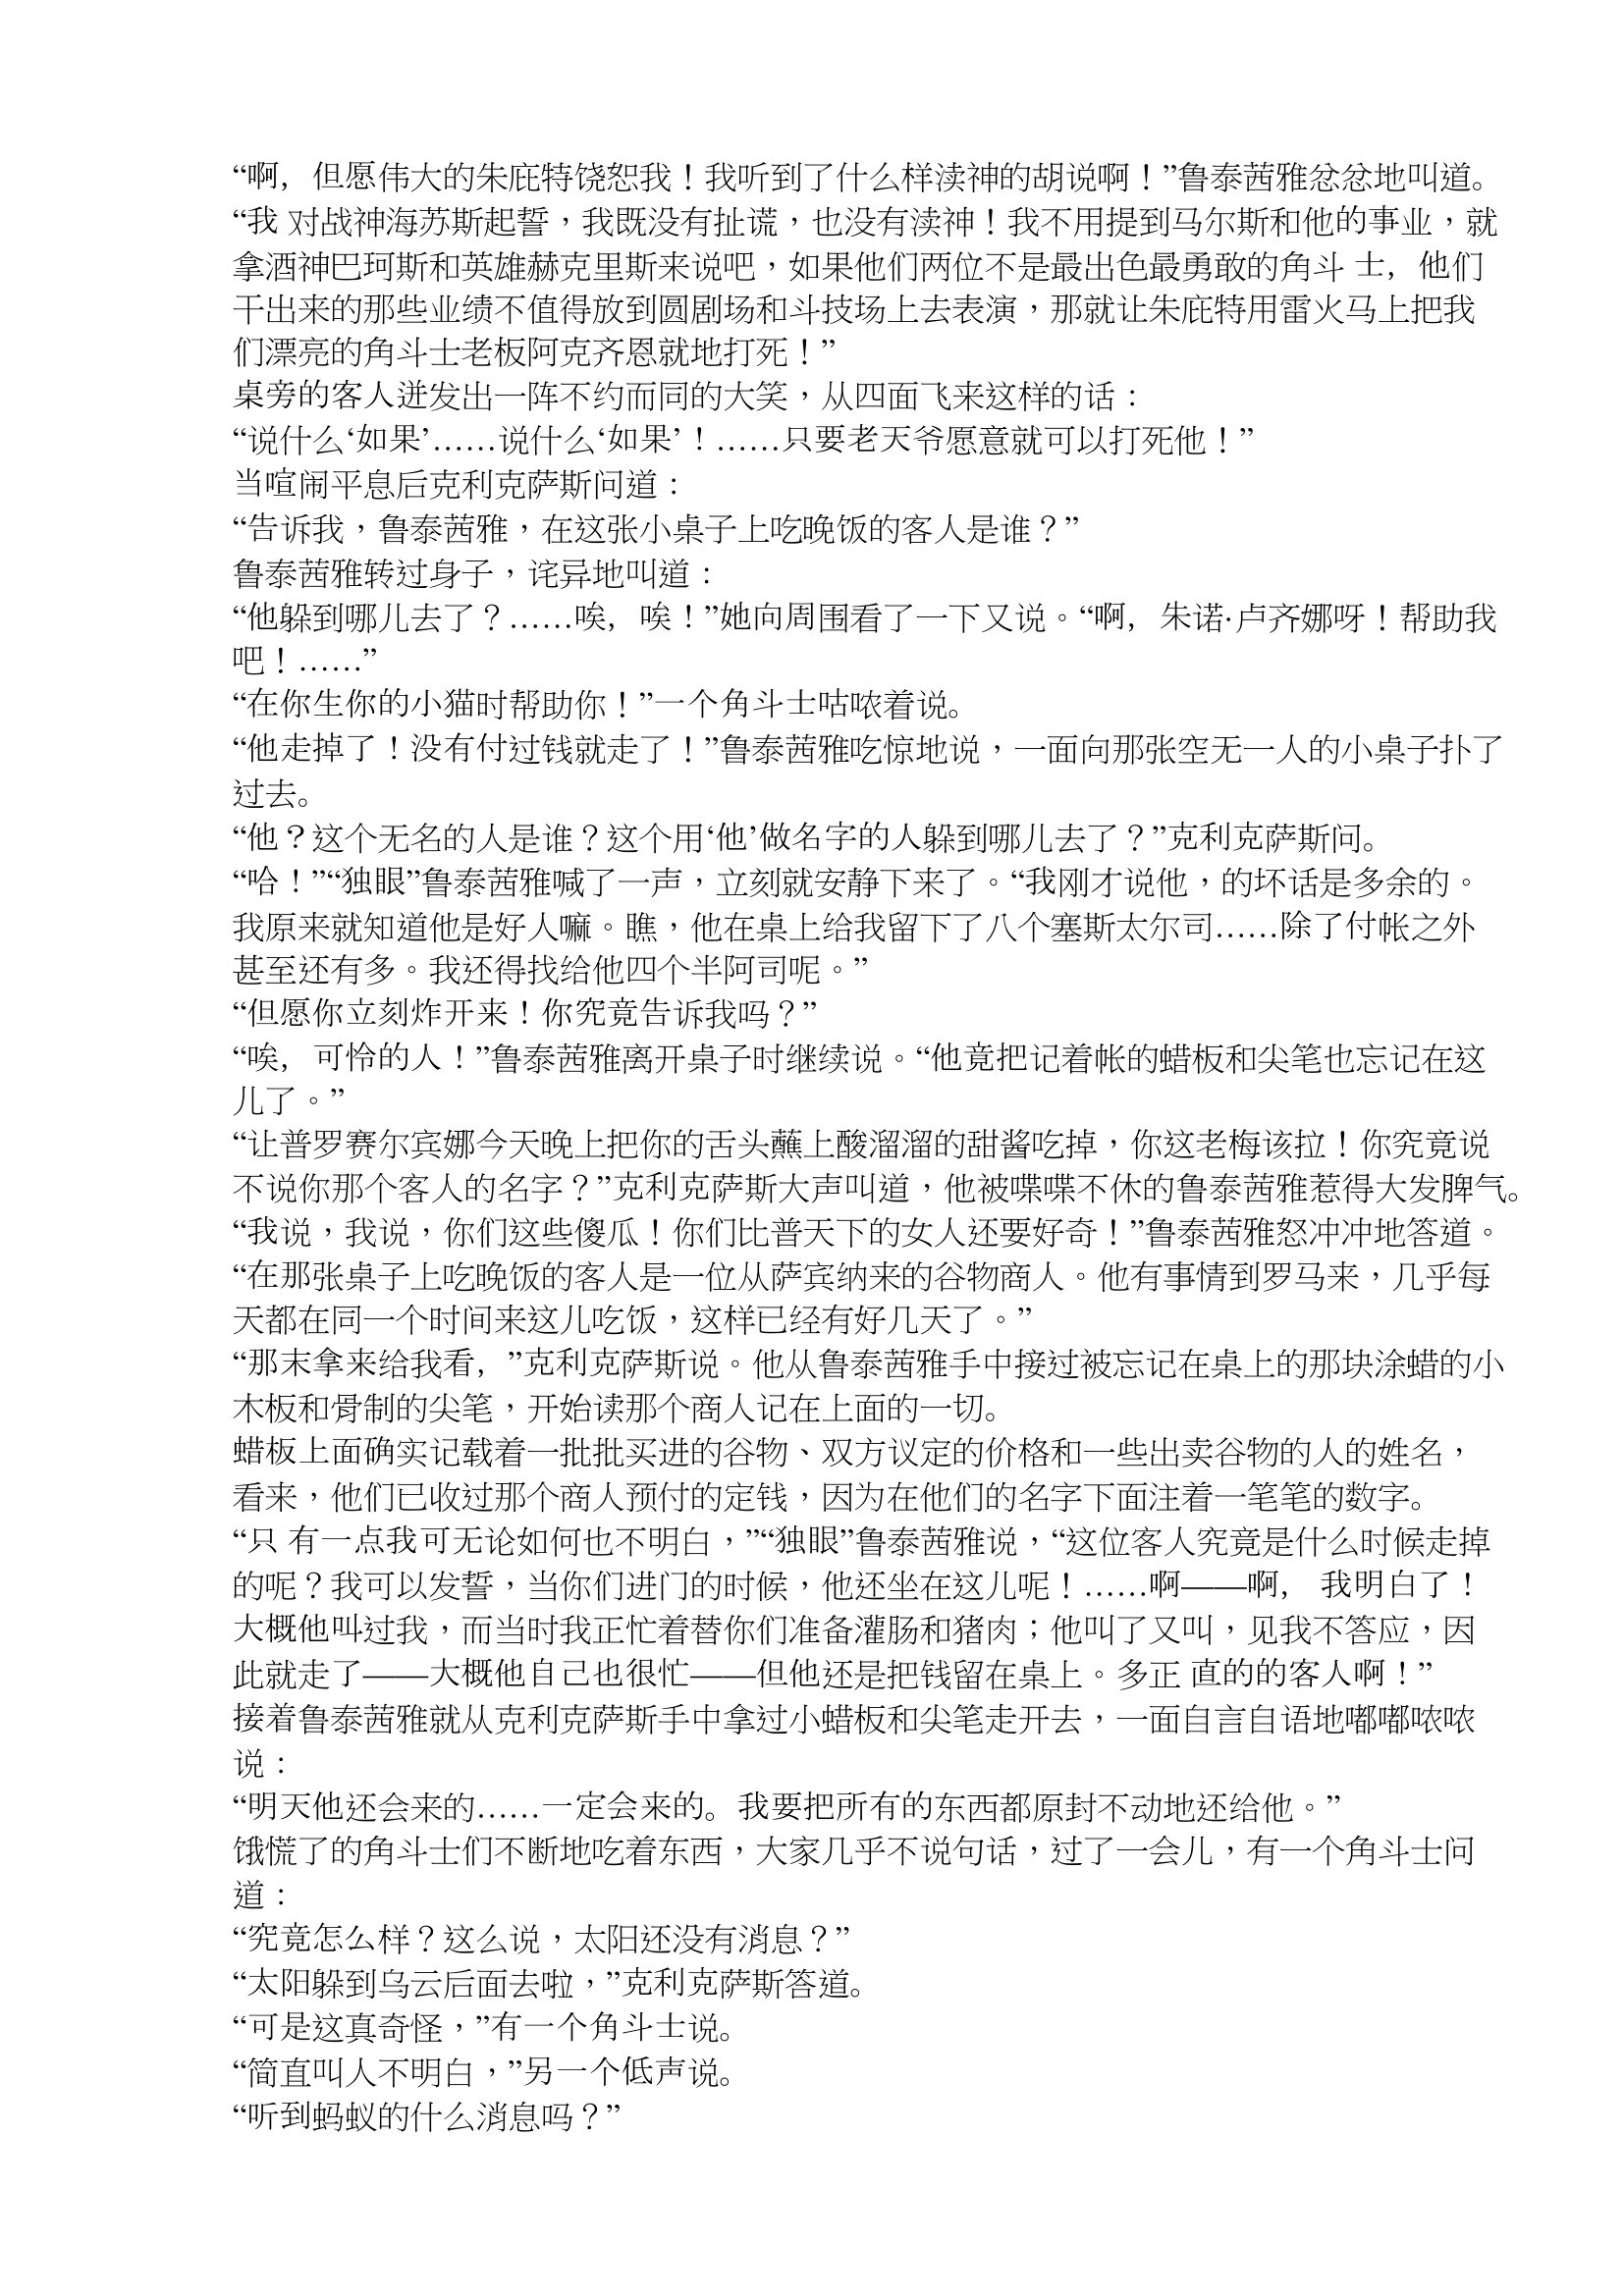
Language: zh